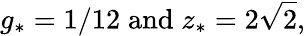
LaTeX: g_{*}=1/12\; \mathrm{and}\; z_{*}=2\sqrt{2},